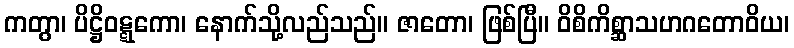
ကတွာ၊ ပိဋ္ဌိဝဋ္ဋကော၊ နောက်သို့လည်သည်။ ဇာတော၊ ဖြစ်ပြီ။ ဝိစိကိစ္ဆာသဟဂတောဝိယ၊